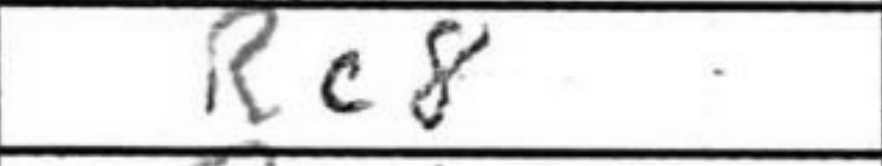
Transcription: Rc8